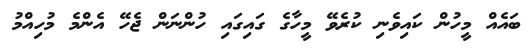
ބައެއް މީހުން ކައިވެނި ކުރެވޭ މީހާގެ ގައިގައި ހުންނަން ޖެހޭ އެންމެ މުހިއްމު